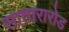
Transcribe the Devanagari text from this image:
सातारारोड